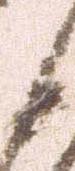
守